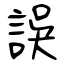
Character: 誤